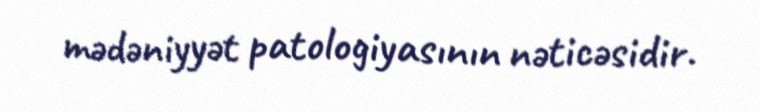
mədəniyyət patologiyasının nəticəsidir.